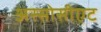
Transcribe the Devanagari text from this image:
अस्सोसीएट